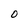
Character: 0